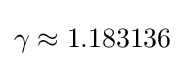
\gamma \approx 1.183136